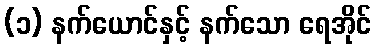
(၁) နက်ယောင်နှင့် နက်သော ရေအိုင်